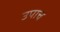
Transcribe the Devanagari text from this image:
उपाच